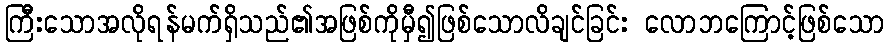
ကြီိးသောအလိုရန်မက်ရှိသည်၏အဖြစ်ကိုမှီ၍ဖြစ်သောလိချင်ခြင်း လောဘကြောင့်ဖြစ်သော